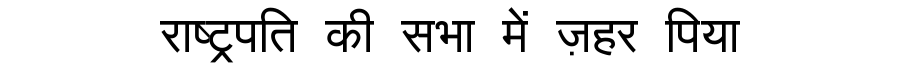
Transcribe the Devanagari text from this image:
राष्ट्रपति की सभा में ज़हर पिया